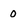
Character: 0